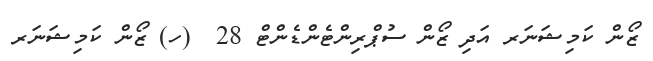
ޒޯން ކަމިޝަނަރ އަދި ޒޯން ސުޕްރިންޓެންޑެންޓް 28  (ހ) ޒޯން ކަމިޝަނަރ